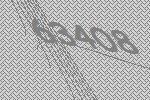
63408